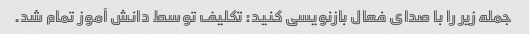
جمله زیر را با صدای فعال بازنویسی کنید: تکلیف توسط دانش آموز تمام شد.